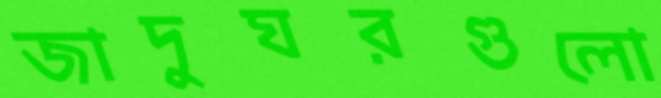
জাদুঘরগুলো